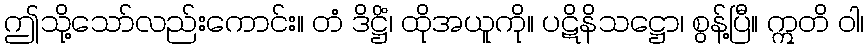
ဤသို့သော်လည်းကောင်း။ တံ ဒိဋ္ဌိံ၊ ထိုအယူကို။ ပဋိနိသဋ္ဌော၊ စွန့်ပြီ။ ဣတိ ဝါ၊